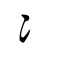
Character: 冫